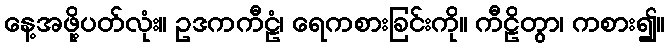
နေ့အဖို့ပတ်လုံး။ ဥဒကကီဠံ၊ ရေကစားခြင်းကို။ ကီဠိတွာ၊ ကစား၍။